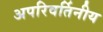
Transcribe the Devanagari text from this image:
अपरिवर्तिनीय